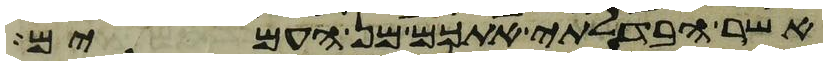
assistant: אשר הבדלתי אתכם מן העמים